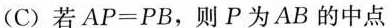
(C)若AP=PB，则P为AB的中点